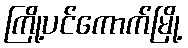
ကြို့ပင်ကောက်မြို့